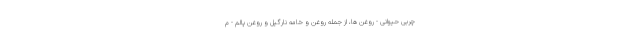
چربی حیوانی - روغن ها، از جمله روغن و خامه نارگیل و روغن پالم - م